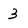
Character: 3